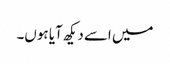
میں اسے دیکھ آیا ہوں۔